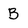
Character: B